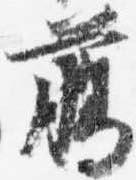
臈